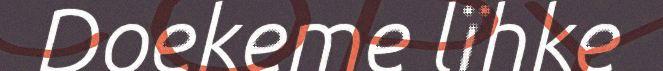
Doekeme lïhke